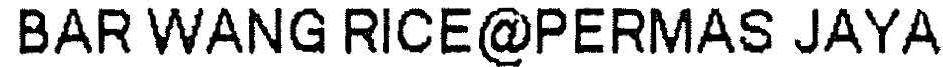
BAR WANG RICE@PERMAS JAYA